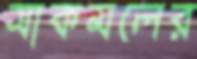
সাকমলের